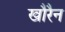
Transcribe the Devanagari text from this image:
खौरैन